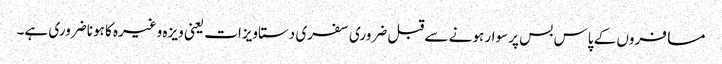
مسافروں کے پاس بس پر سوار ہونے سے قبل ضروری سفری دستاویزات یعنی ویزہ وغیرہ کا ہونا ضروری ہے۔